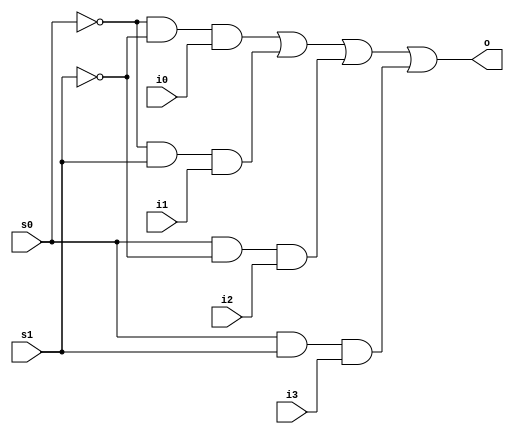
module Mux4_1(i0,i1,i2,i3,s0,s1,o);
  input i0,i1,i2,i3,s0,s1;
  output o;
  assign o=(~s0&~s1&i0)|(~s0&s1&i1)|(s0&~s1&i2)|(s0&s1&i3);
endmodule